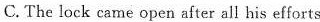
C.The lock came open after all his efforts